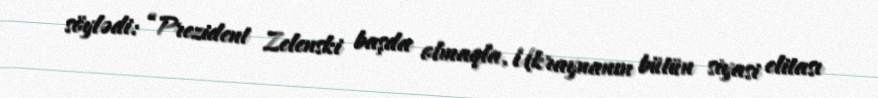
söylədi: “Prezident Zelenski başda olmaqla, Ukraynanın bütün siyasi elitası